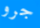
جرو